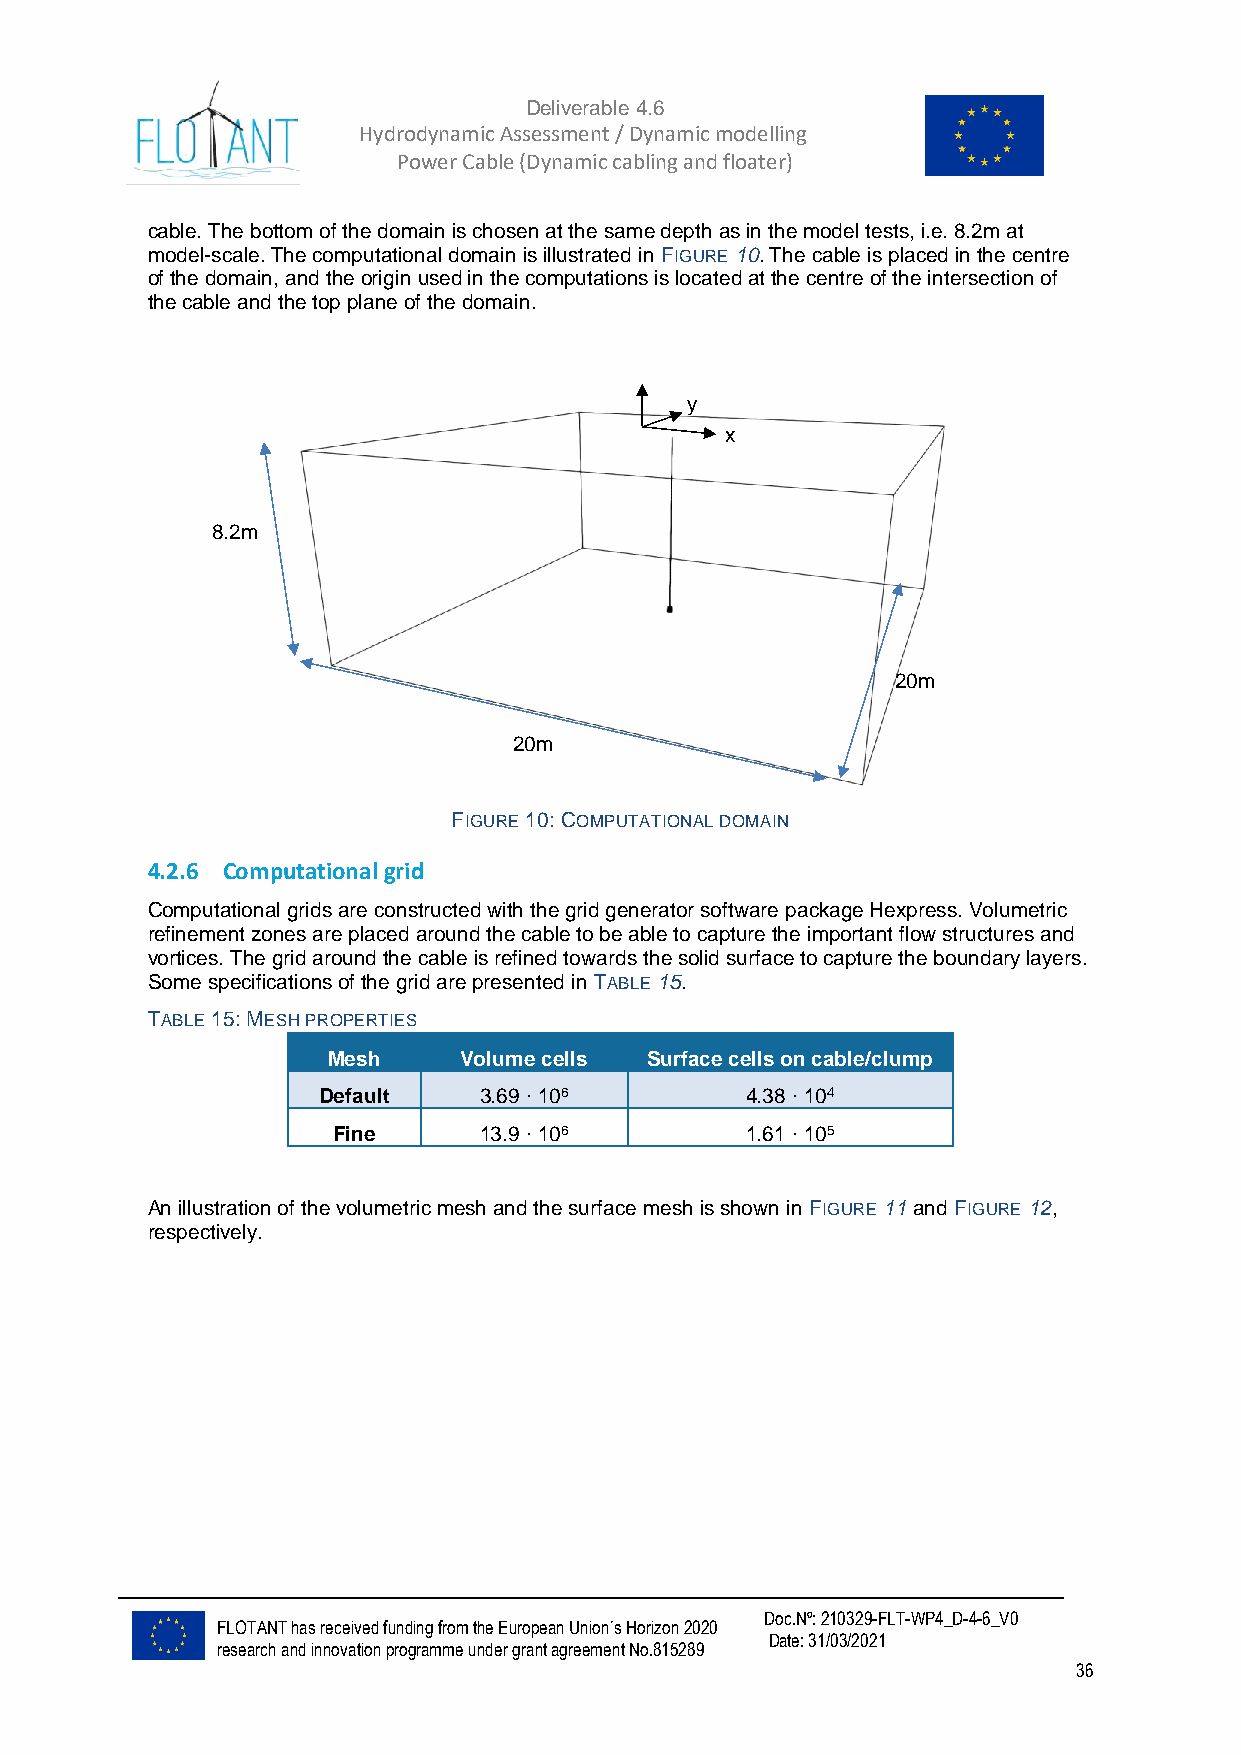
Deliverable 4.6
 Hydrodynamic Assessment / Dynamic modelling of
 Power Cable (Dynamic cabling and floater)
 cable. The bottom of the domain is chosen at the same depth as in the model tests, i.e. 8.2m at
 model-scale. The computational domain is illustrated in FIGURE 10. The cable is placed in the centre
 of the domain, and the origin used in the computations is located at the centre of the intersection of
 the cable and the top plane of the domain.
 y
 x
 8.2m
 20m
 20m
 FIGURE 10: COMPUTATIONAL DOMAIN
 4.2.6 Computational grid
 Computational grids are constructed with the grid generator software package Hexpress. Volumetric
 refinement zones are placed around the cable to be able to capture the important flow structures and
 vortices. The grid around the cable is refined towards the solid surface to capture the boundary layers.
 Some specifications of the grid are presented in TABLE 15.
 TABLE 15: MESH PROPERTIES
 Mesh    Volume cells Surface cells on cable/clump
 Default    3.69 ∙ 106       4.38 ∙ 104
 Fine      13.9 ∙ 106       1.61 ∙ 105
 An illustration of the volumetric mesh and the surface mesh is shown in FIGURE 11 and FIGURE 12,
 respectively.
 Doc.Nº: 210329-FLT-WP4_D-4-6_V0
 FLOTANT has received funding from the European Union´s Horizon 2020
 Date: 31/03/2021
 research and innovation programme under grant agreement No.815289
 36